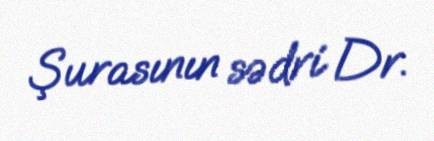
Şurasının sədri Dr.